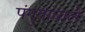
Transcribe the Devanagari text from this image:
पंगुतावाले